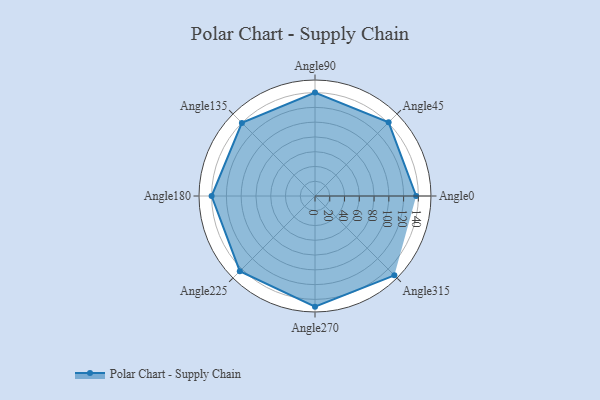
{"axis": {"x": "Angle", "y": "Radius"}, "legend": [""], "data": [{"x": "Angle0", "y": 137.0, "type": ""}, {"x": "Angle45", "y": 141.0, "type": ""}, {"x": "Angle90", "y": 140.0, "type": ""}, {"x": "Angle135", "y": 140.0, "type": ""}, {"x": "Angle180", "y": 140.0, "type": ""}, {"x": "Angle225", "y": 144.0, "type": ""}, {"x": "Angle270", "y": 150.0, "type": ""}, {"x": "Angle315", "y": 152.0, "type": ""}]}